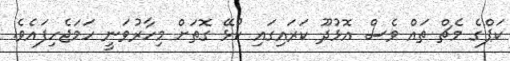
ކަޕްގެ މެޗް ތައް ވެސް އޮޅުދޫ ކަރައިގައި ކުޅޭ ގޮތަށް މިހާރުވަނީ ހަމަޖެހިފައެވެ.